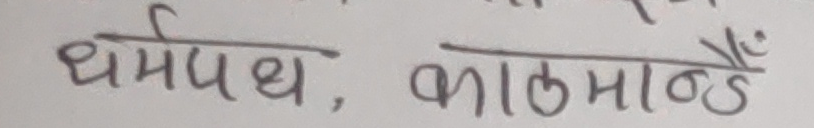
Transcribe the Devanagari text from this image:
धर्मपथ, काठमाण्डौँ